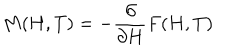
LaTeX: M ( H , T ) = - \frac { \partial } { \partial H } F ( H , T )